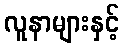
လူနာများနှင့်